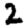
Digit: 2